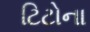
ટિટોના